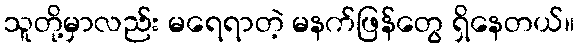
သူတို့မှာလည်း မရေရာတဲ့ မနက်ဖြန်တွေ ရှိနေတယ်။